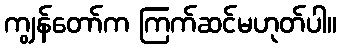
ကျွန်တော်က ကြက်ဆင်မဟုတ်ပါ။